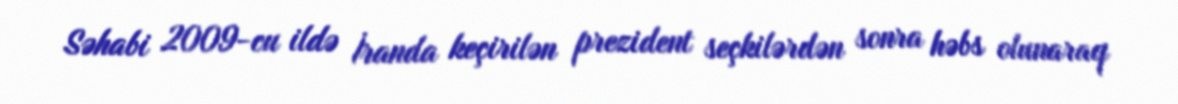
Səhabi 2009-cu ildə İranda keçirilən prezident seçkilərdən sonra həbs olunaraq